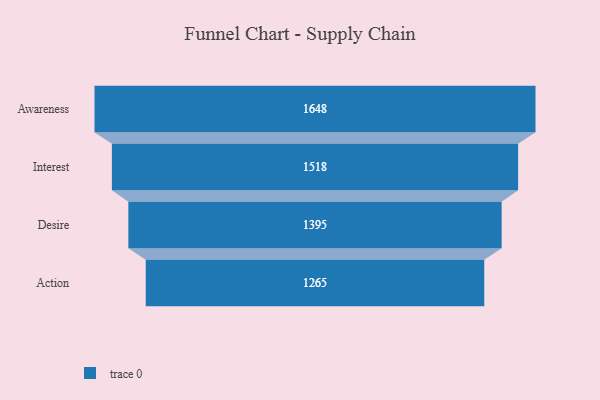
{"axis": {"x": "Stage", "y": "Value"}, "legend": [""], "data": [{"x": "Awareness", "y": 1648.0, "type": ""}, {"x": "Interest", "y": 1518.0, "type": ""}, {"x": "Desire", "y": 1395.0, "type": ""}, {"x": "Action", "y": 1265.0, "type": ""}]}